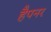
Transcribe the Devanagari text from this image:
हैपनर